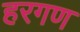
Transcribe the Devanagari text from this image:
हरगण